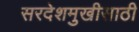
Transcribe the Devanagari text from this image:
सरदेशमुखीसाठी